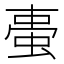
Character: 𧋌